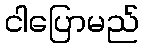
ငါပြောမည်